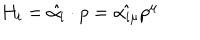
H _ { i } = \hat { \alpha _ { i } } \cdot p = \hat { \alpha _ { i \mu } } p ^ { \mu }